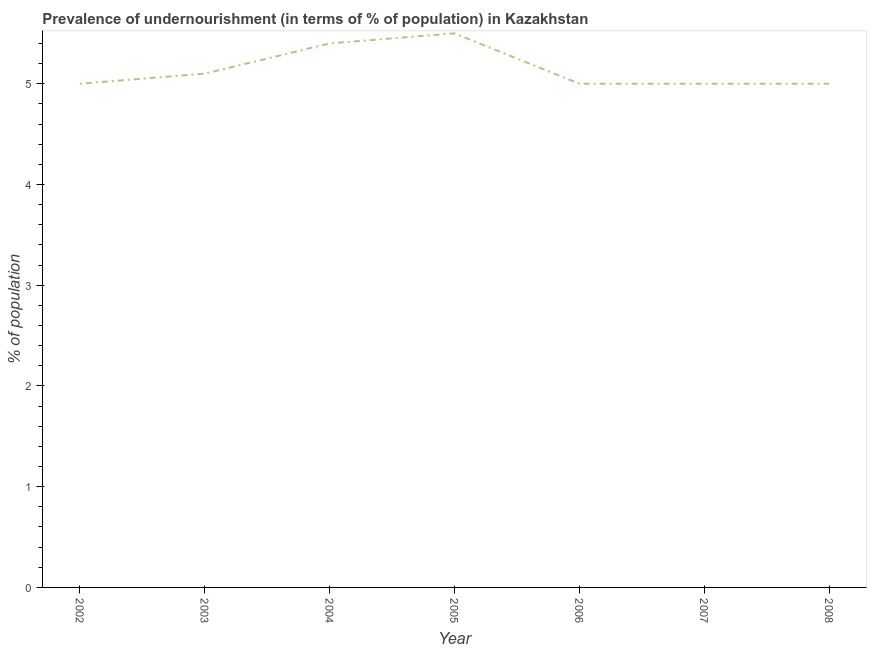
| Year | Prevalence of undernourishment |
 | --- | --- |
 | 2002 | 5 |
 | 2003 | 5.1 |
 | 2004 | 5.4 |
 | 2005 | 5.5 |
 | 2006 | 5 |
 | 2007 | 5 |
 | 2008 | 5 |